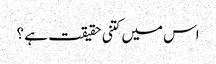
اس میں کتنی حقیقت ہے ؟